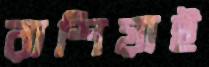
রাশিয়াই